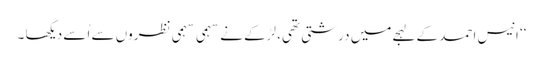
‘‘ انیس احمد کے لہجےمیں درشتی تھی، لڑکے نے سہمی سہمی نظروں سے اُسے دیکھا ۔